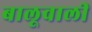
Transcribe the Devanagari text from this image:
बालूवाली